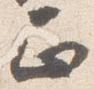
正